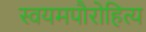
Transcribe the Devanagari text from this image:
स्वयमपौरोहित्य